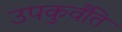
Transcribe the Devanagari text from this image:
उपकुर्वंति